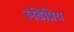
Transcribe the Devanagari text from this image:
रूढिप्रिय